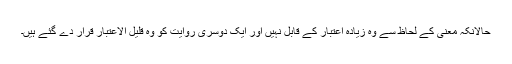
حالانکہ معنی کے لحاظ سے وہ زیادہ اعتبار کے قابل نہیں اور ایک دوسری روایت کو وہ قلیل الاعتبار قرار دے گئے ہیں۔